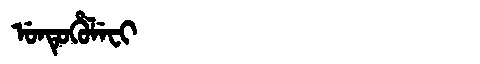
Manchu: ᡠᠨᡨᡠᡥᡠᠯᡝᠸᡳ
Romanization: UNTUHULEFI